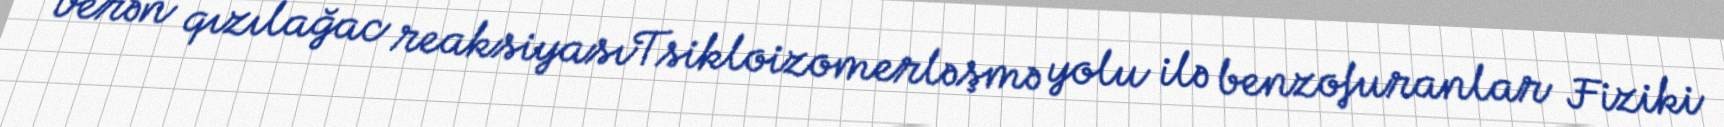
verən qızılağac reaksiyasıTsikloizomerləşmə yolu ilə benzofuranlar Fiziki